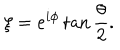
\xi = e ^ { i \phi } \tan { \frac { \theta } { 2 } } .